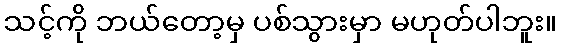
သင့်ကို ဘယ်တော့မှ ပစ်သွားမှာ မဟုတ်ပါဘူး။